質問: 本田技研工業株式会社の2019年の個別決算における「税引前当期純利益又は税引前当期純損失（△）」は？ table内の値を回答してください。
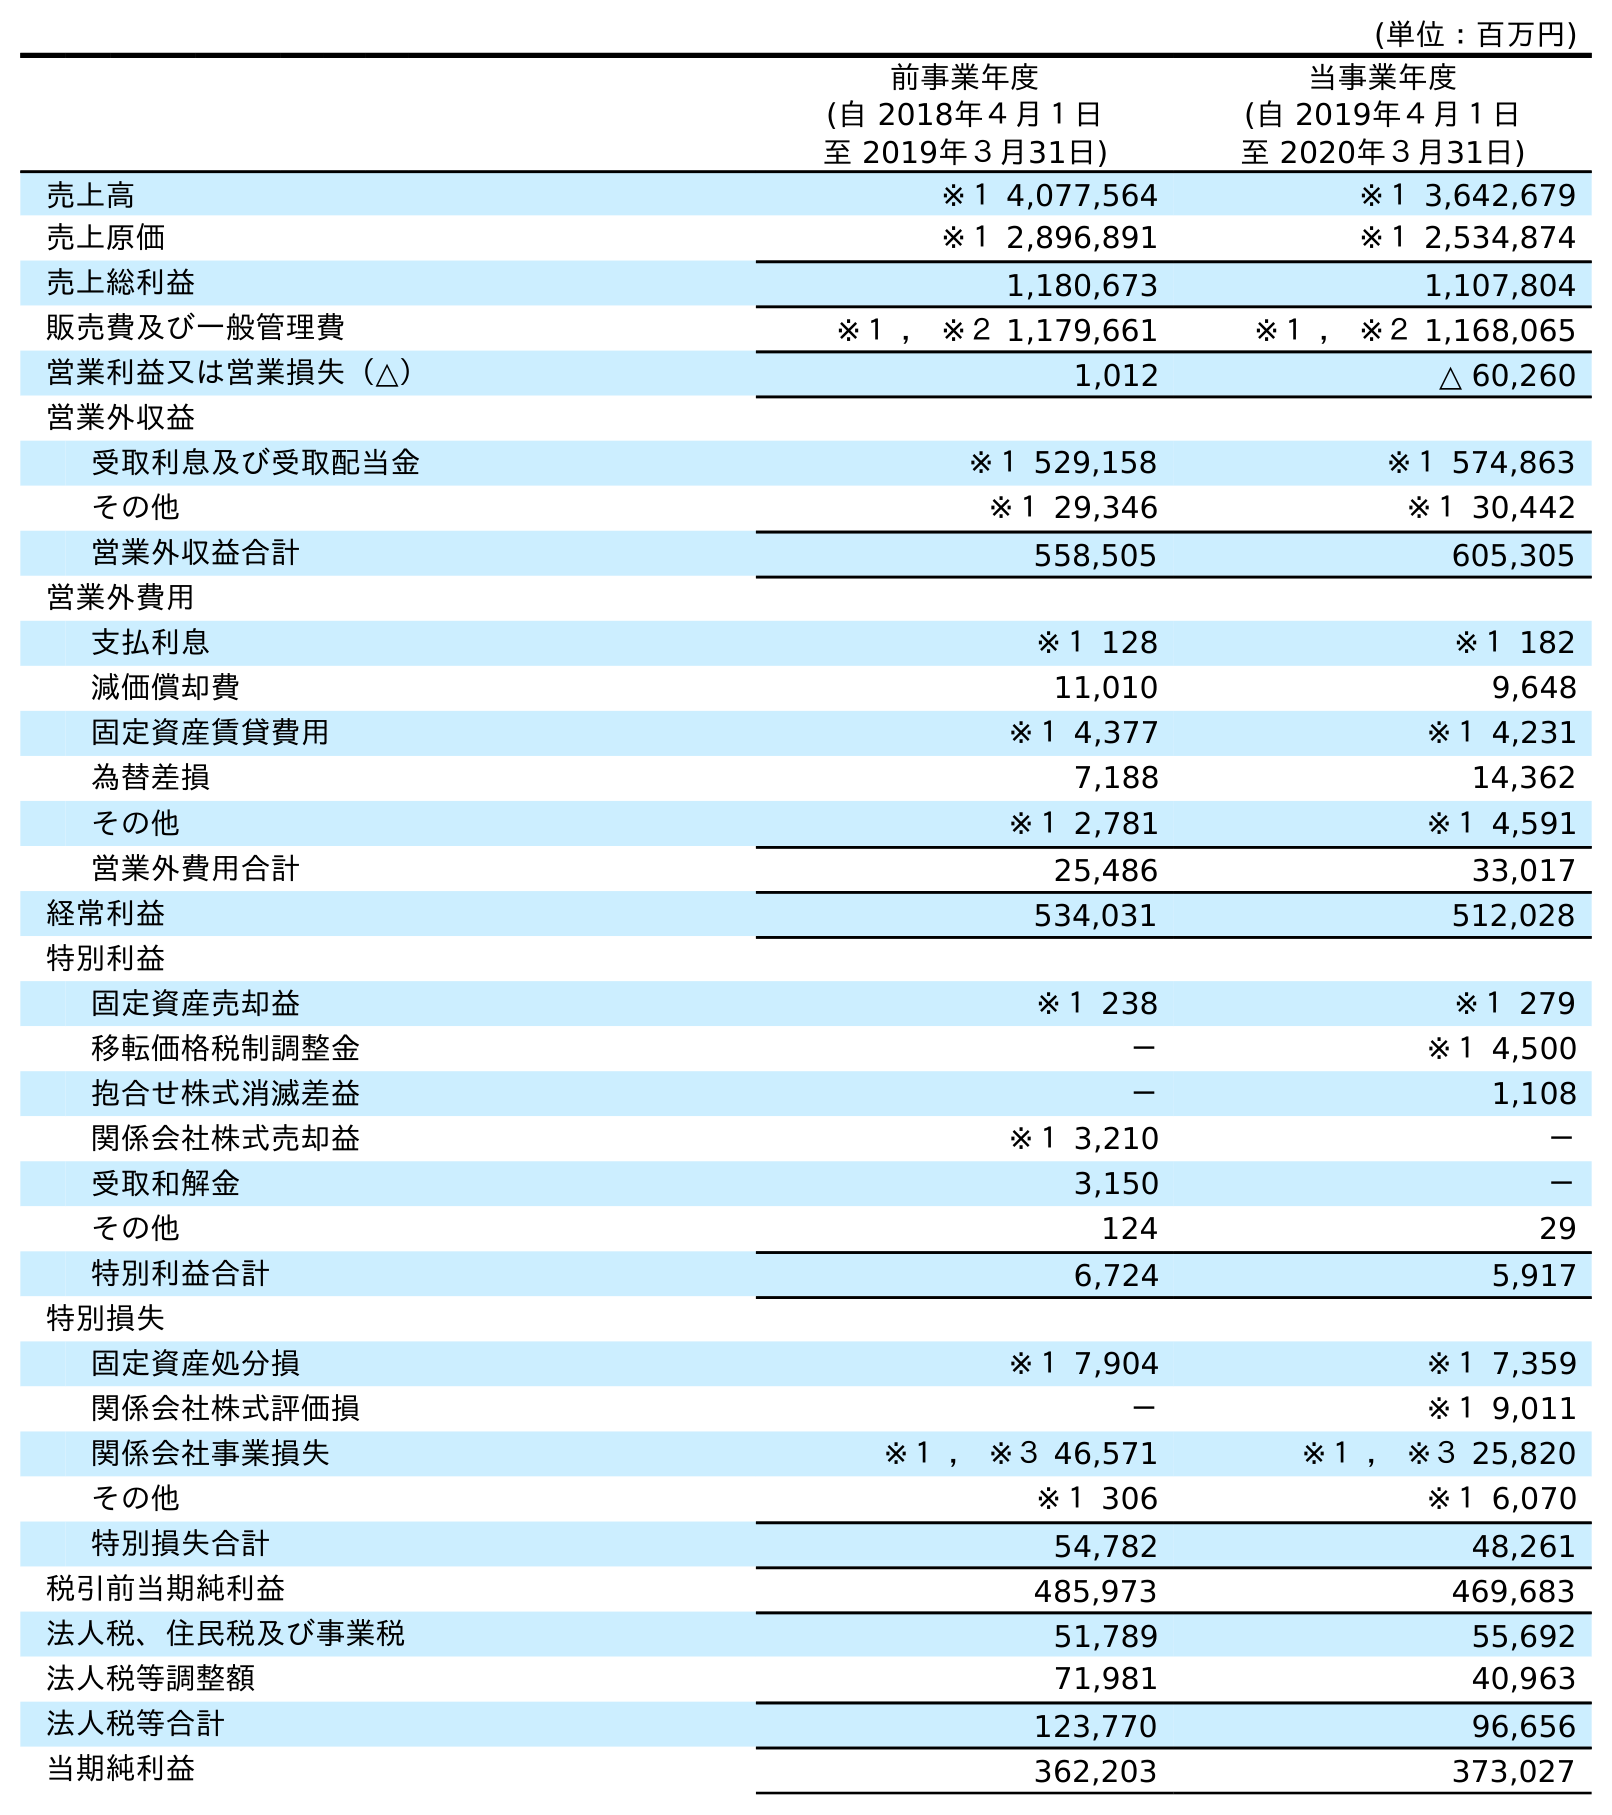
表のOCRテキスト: (単位：百万円) 前事業年度 (自 2018年４月１日 至 2019年３月31日) 当事業年度 (自 2019年４月１日 至 2020年３月31日) 売上高 ※１ 4,077,564 ※１ 3,642,679 売上原価 ※１ 2,896,891 ※１ 2,534,874 売上総利益 1,180,673 1,107,804 販売費及び一般管理費 ※１ ， ※２ 1,179,661 ※１ ， ※２ 1,168,065 営業利益又は営業損失（△） 1,012 △ 60,260 営業外収益 受取利息及び受取配当金 ※１ 529,158 ※１ 574,863 その他 ※１ 29,346 ※１ 30,442 営業外収益合計 558,505 605,305 営業外費用 支払利息 ※１ 128 ※１ 182 減価償却費 11,010 9,648 固定資産賃貸費用 ※１ 4,377 ※１ 4,231 為替差損 7,188 14,362 その他 ※１ 2,781 ※１ 4,591 営業外費用合計 25,486 33,017 経常利益 534,031 512,028 特別利益 固定資産売却益 ※１ 238 ※１ 279 移転価格税制調整金 － ※１ 4,500 抱合せ株式消滅差益 － 1,108 関係会社株式売却益 ※１ 3,210 － 受取和解金 3,150 － その他 124 29 特別利益合計 6,724 5,917 特別損失 固定資産処分損 ※１ 7,904 ※１ 7,359 関係会社株式評価損 － ※１ 9,011 関係会社事業損失 ※１ ， ※３ 46,571 ※１ ， ※３ 25,820 その他 ※１ 306 ※１ 6,070 特別損失合計 54,782 48,261 税引前当期純利益 485,973 469,683 法人税、住民税及び事業税 51,789 55,692 法人税等調整額 71,981 40,963 法人税等合計 123,770 96,656 当期純利益 362,203 373,027
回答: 485,973